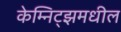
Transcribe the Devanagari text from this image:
केम्निट्झमधील